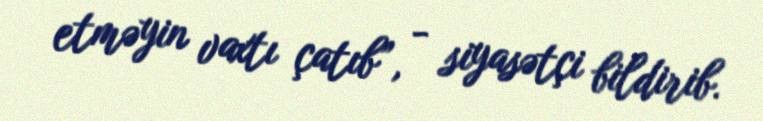
etməyin vaxtı çatıb”, - siyasətçi bildirib.